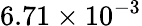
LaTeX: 6.71\times 10^{-3}